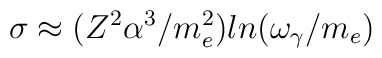
\sigma \approx (Z^2 \alpha^3/m_e^2 ) ln(\omega_{\gamma}/m_e)